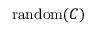
\operatorname { r a n d o m } ( C )